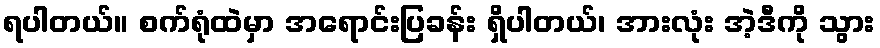
ရပါတယ်။ စက်ရုံထဲမှာ အရောင်းပြခန်း ရှိပါတယ်၊ အားလုံး အဲ့ဒီကို သွား